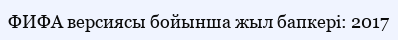
ФИФА версиясы бойынша жыл бапкері: 2017